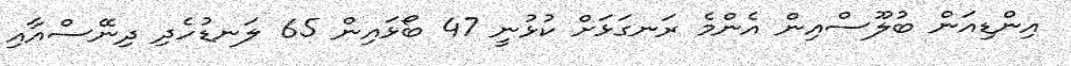
އިންޑިއަން ބުލޫސްއިން އެންމެ ރަނގަޅަށް ކުޅުނީ 47 ބޯޅައިން 65 ލަނޑުހެދި ދިނޭސްއާއި